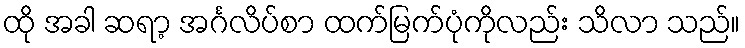
ထို အခါ ဆရာ့ အင်္ဂလိပ်စာ ထက်မြက်ပုံကိုလည်း သိလာ သည်။